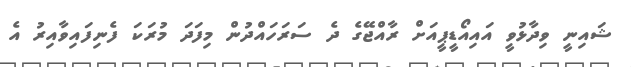
ޝައިނީ ވިދާޅުވީ އައިއޯޑީޕީއަށް ރާއްޖޭގެ ދެ ސަރަހައްދުން މިފަދަ މުރަކަ ފެނިފައިވާއިރު އެ